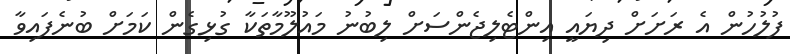
ފުލުހުން އެ ރަށަށް ދިޔައީ އިންޓެލިޖެންސަށް ލިބުނު މައުލޫމާތަކާ ގުޅިގެން ކަމަށް ބުނެފައިވާ